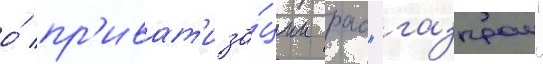
о́ пр'иват'иза́ции рао "газпром"